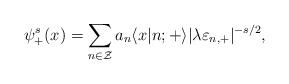
LaTeX: \begin{align*}\psi_{+}^s (x) = \sum_{n \in \cal Z} a_n \langle x|n;{+} \rangle|\lambda \varepsilon_{n,+}|^{-s/2},\end{align*}